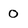
Character: 0